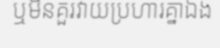
ឬមិនគួរវាយប្រហារគ្នាឯង